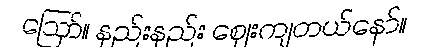
ဪ။ နည်းနည်း ဈေးကျတယ်နော်။